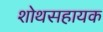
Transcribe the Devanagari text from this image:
शोथसहायक